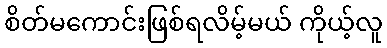
စိတ်မကောင်းဖြစ်ရလိမ့်မယ် ကိုယ့်လူ